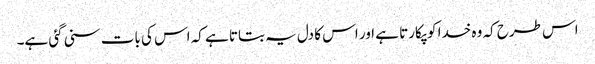
اس طرح کہ وہ خدا کو پکارتا ہے اور اس کا دل یہ بتاتا ہے کہ اس کی بات سنی گئی ہے۔